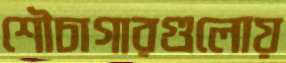
শৌচাগারগুলোয়